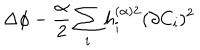
\Delta \phi - \frac { \alpha } { 2 } \sum _ { i } h _ { i } ^ { ( \alpha ) 2 } ( \partial C _ { i } ) ^ { 2 }